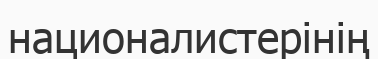
националистерінің